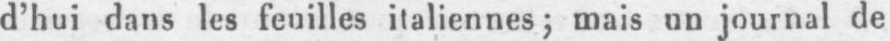
d’hui dans les feuilles italiennes; mais un journal de